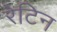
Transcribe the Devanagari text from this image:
रेटिन